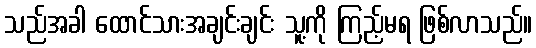
သည်အခါ ထောင်သားအချင်းချင်း သူ့ကို ကြည့်မရ ဖြစ်လာသည်။